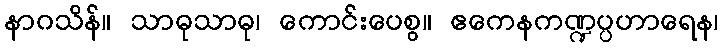
နာဂသိန်။ သာဓုသာဓု၊ ကောင်းပေစွ။ ဧကေနကဏ္ဍပ္ပဟာရေန၊